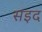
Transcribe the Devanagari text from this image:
सइद